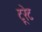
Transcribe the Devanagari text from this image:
टूरेट